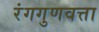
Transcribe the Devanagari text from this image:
रंगगुणवत्ता